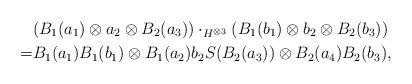
LaTeX: \begin{align*}&(B_1(a_1)\otimes a_2\otimes B_2(a_3))\cdot_{H^{\otimes 3}}(B_1(b_1)\otimes b_2\otimes B_2(b_3))\\=&B_1(a_1)B_1(b_1)\otimes B_1(a_2)b_2S(B_2(a_3))\otimes B_2(a_4)B_2(b_3),\end{align*}